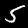
Label: 5